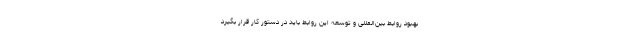
بهبود روابط بین‌المللی و توسعه این روابط باید در دستور کار قرار بگیرد